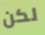
لكن